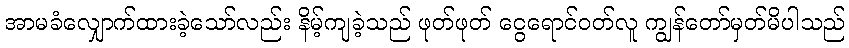
အာမခံလျှောက်ထားခဲ့သော်လည်း နိမ့်ကျခဲ့သည် ဖုတ်ဖုတ် ငွေရောင်ဝတ်လူ ကျွန်တော်မှတ်မိပါသည်